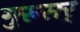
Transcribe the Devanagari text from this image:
गुरुसर्